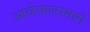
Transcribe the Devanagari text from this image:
आळेफाटामार्गे